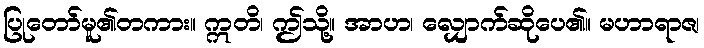
ပြုတော်မူ၏တကား။ ဣတိ၊ ဤသို့။ အာဟ၊ လျှောက်ဆိုပေ၏။ မဟာရာဇ၊